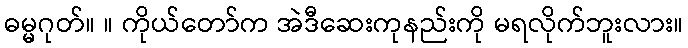
ဓမ္မဂုတ်။ ။ ကိုယ်တော်က အဲဒီဆေးကုနည်းကို မရလိုက်ဘူးလား။